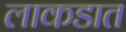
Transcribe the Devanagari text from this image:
लाकडात